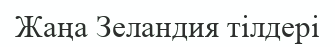
Жаңа Зеландия тілдері